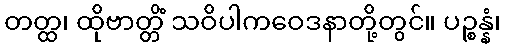
တတ္ထ၊ ထိုဗာတ္တိံ သဝိပါကဝေဒနာတို့တွင်။ ပဉ္စန္နံ၊